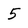
Character: 5